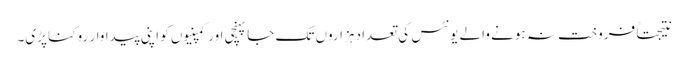
نتیجتاً فروخت نہ ہونے والے یونٹس کی تعداد ہزاروں تک جا پہنچی اور کمپنیوں کو اپنی پیداوار روکنا پڑی۔